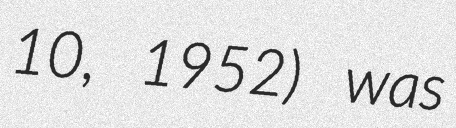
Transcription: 10, 1952) was